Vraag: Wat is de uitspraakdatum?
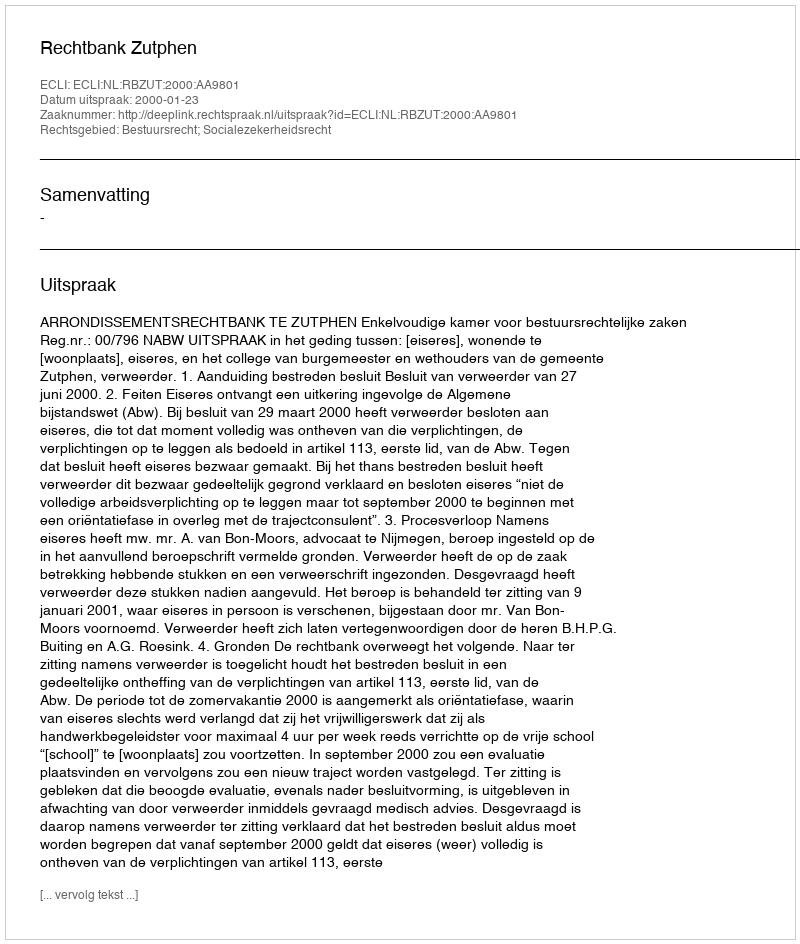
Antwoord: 2000-01-23